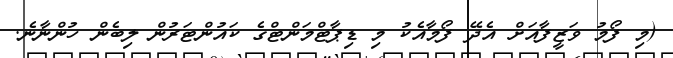
(މި ފޯމު ވަޒީފާއަށް އެދޭ ފޯމާއެކު މި ޑިޕާޓްމަންޓްގެ ކައުންޓަރުން ލިބެން ހުންނާނެ.